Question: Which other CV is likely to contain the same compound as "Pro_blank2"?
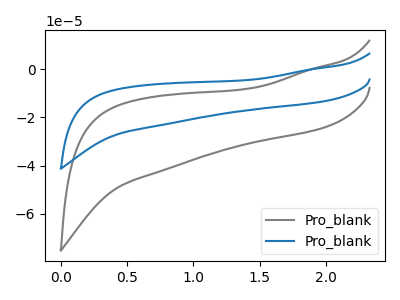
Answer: <think>The gray curve "Pro_blank1" has no peaks. The blue curve "Pro_blank2" has no peaks.
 Neither "Pro_blank1" or "Pro_blank2" have any peaks.</think>
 <answer>The CV with the most similar shape to "Pro_blank1" is "Pro_blank2".</answer>
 <eval>"Pro_blank2"</eval>